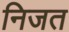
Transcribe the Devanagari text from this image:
निजत